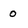
Character: 0